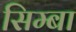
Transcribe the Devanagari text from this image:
सिम्बा